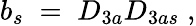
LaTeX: b_{s}\; =\; D_{3a}D_{3as}\; ,